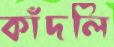
কাঁদলি